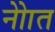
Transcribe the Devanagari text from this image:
नोाेत